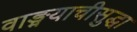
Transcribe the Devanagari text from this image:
वाङ्मयाचीसुद्धा